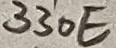
Text: 330E